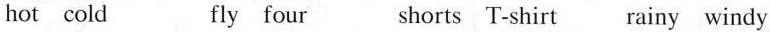
hot cold fly four shorts T-shirt rainy windy